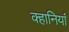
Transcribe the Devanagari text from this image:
क्हानियां